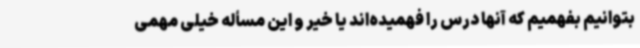
بتوانیم بفهمیم که آنها درس را فهمیده‌اند یا خیر و این مسأله خیلی مهمی